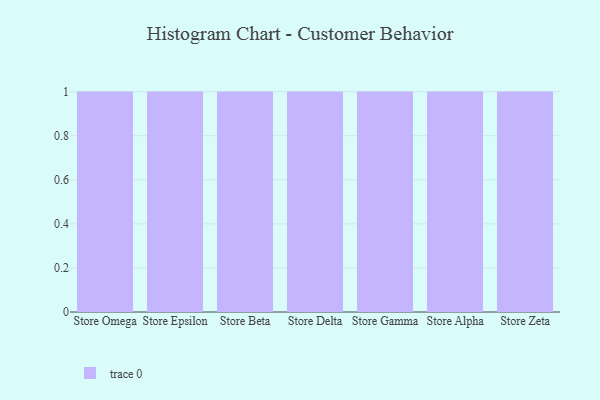
{"axis": {"x": "Store", "y": "Production Output"}, "legend": [""], "data": [{"x": "Store Omega", "y": 65, "type": ""}, {"x": "Store Epsilon", "y": 33, "type": ""}, {"x": "Store Beta", "y": 76, "type": ""}, {"x": "Store Delta", "y": 70, "type": ""}, {"x": "Store Gamma", "y": 77, "type": ""}, {"x": "Store Alpha", "y": 42, "type": ""}, {"x": "Store Zeta", "y": 7, "type": ""}]}